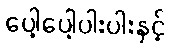
ပေါ့ပေါ့ပါးပါးနှင့်